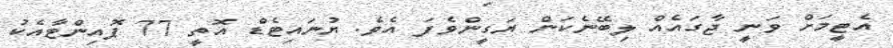
އެޓީމަށް ވަނީ ޖާގައެއް ލިބޭނެކަން ޔަގީންވެފަ އެވެ. ޔުނައިޓެޑް އޮތީ 77 ޕޮއިންޓާއެކު